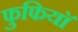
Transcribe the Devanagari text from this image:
फुफियाॅ